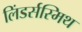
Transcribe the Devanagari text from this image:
लिंडर्सस्मिथ